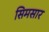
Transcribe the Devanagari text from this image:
सिमसार